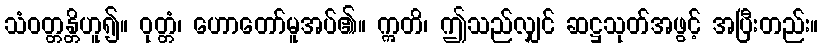
သံဝတ္တန္တိဟူ၍။ ဝုတ္တံ၊ ဟောတော်မူအပ်၏။ ဣတိ၊ ဤသည်လျှင် ဆဋ္ဌသုတ်အဖွင့် အပြီးတည်း။